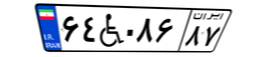
۱۵W۱۴۳۴۶